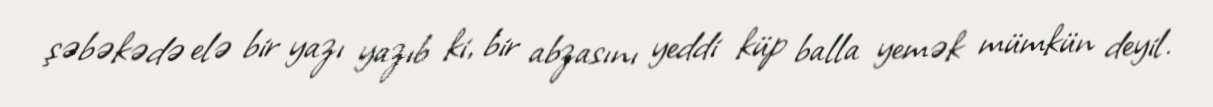
şəbəkədə elə bir yazı yazıb ki, bir abzasını yeddi küp balla yemək mümkün deyil.